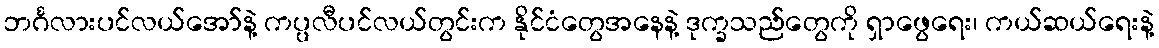
ဘင်္ဂလားပင်လယ်အော်နဲ့ ကပ္ပလီပင်လယ်တွင်းက နိုင်ငံတွေအနေနဲ့ ဒုက္ခသည်တွေကို ရှာဖွေရေး၊ ကယ်ဆယ်ရေးနဲ့